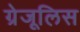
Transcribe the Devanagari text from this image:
ग्रेजूलिस